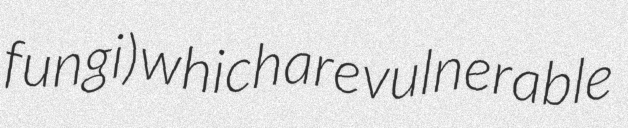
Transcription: fungi) which are vulnerable